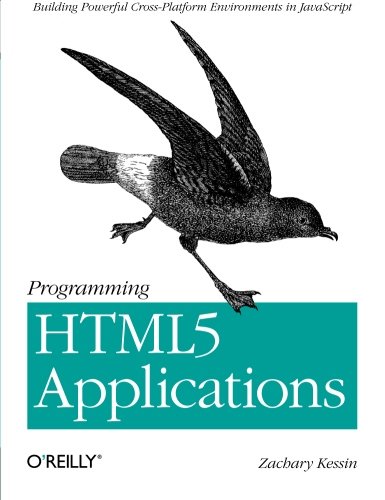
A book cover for Programming HTML5 Applications: Building Powerful Cross-Platform Environments in JavaScript; Zachary Kessin; Computers & Technology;